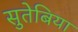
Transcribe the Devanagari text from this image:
सुतेबिया